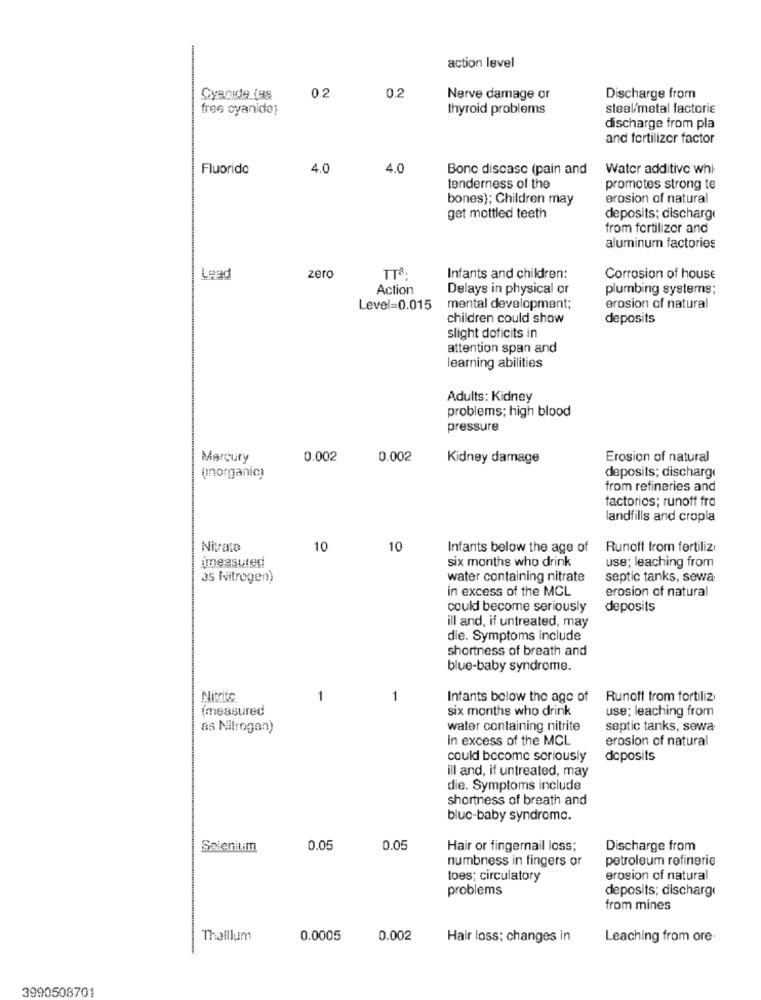
action level
0.2
0.2
Nerve damage or
Discharge from
free cyanide)
thyroid problems
steel/metal factorie
discharge from pla
and fertilizer factor
Fluorido
4.0
4.0
Bonc discasc (pain and
Water additive whi
tenderness of the
promotes strong te
bones); Children may
erosion of natural
get mottled teeth
deposits; discharge
from fertilizer and
aluminum factories
Lead
zero
TTª
Infants and children:
Corrosion of house
Action
Delays in physical or
plumbing systems;
Level=0.015
mental development;
erosion of natural
children could show
deposits
slight deficits in
attention span and
learning abilities
Adults: Kidney
problems; high blood
pressure
Mercury
0.002
0.002
Kidney damage
Erosion of natural
(Inorganic)
deposits; discharge
from refineries and
factories; runoff fro
landfills and cropla
Nitrate
10
10
Infants below the age of
Runoff from fertiliz
six months who drink
use; leaching from
imeasured
as Nitrogen)
water containing nitrate
septic tanks, sewa
in excess of the MCL
erosion of natural
could become seriously
deposits
ill and, if untreated, may
die. Symptoms include
shortness of breath and
blue-baby syndrome.
Nitrite
1
1
Infants bolow the age of
Runoff from fortiliz
(measured
six months who drink
use; leaching from
as Nitrogen)
water containing nitrite
septic tanks, sewa
in excess of the MCL
erosion of natural
could become seriously
deposits
ill and, if untreated, may
die. Symptoms include
shortness of breath and
bluc-baby syndromc.
Selenium
0.05
0.05
Hair or fingernail loss;
Discharge from
numbness in fingers or
petroleum refinerie
toes; circulatory
erosion of natural
problems
deposits; discharge
from mines
Thaillum
0.0005
0.002
Hair loss; changes in
Leaching from ore.
3990508701